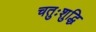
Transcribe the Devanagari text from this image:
चतुःशुद्धि